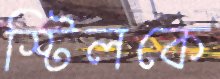
স্টিলকে